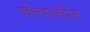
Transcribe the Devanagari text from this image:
कोल्डस्टोरेज